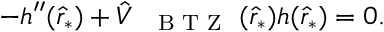
\begin{array} { r } { - h ^ { \prime \prime } ( \hat { r } _ { * } ) + \hat { V } _ { \mathrm { ~ { ~ \scriptsize ~ B ~ T ~ Z ~ } ~ } } ( \hat { r } _ { * } ) h ( \hat { r } _ { * } ) = 0 . } \end{array}